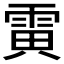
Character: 𱁗